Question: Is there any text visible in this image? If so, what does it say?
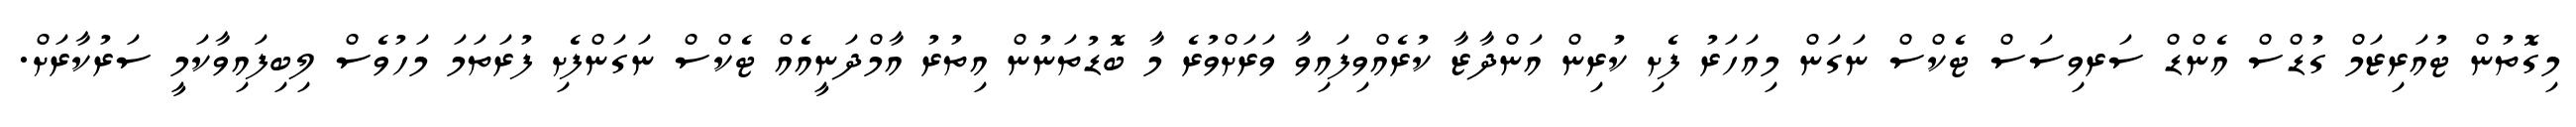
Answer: މިގޮތުން ޓުއަރިޒަމް ގުޑްސް އެންޑް ސަރވިސަސް ޓެކްސް ނަގަން މިއަހަރު ފެށި ކުރިން އަންދާޒާ ކުރެއްވިފައިވާ ވަރަށްވުރެ މާ ބޮޑުތަނުން އިތުރު އާމްދަނީއެއް ޓެކްސް ނަގަންފެށި ފުރަތަމަ މަހުވެސް ލިބިފައިވާކަމީ ސަރުކާރަށް.